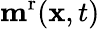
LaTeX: \mathbf{m}^{\mathrm{r}}(\mathbf{x},t)